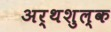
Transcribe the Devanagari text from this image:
अर्थशुल्क